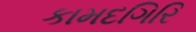
કામદગિરિ